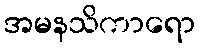
အမနသိကာရော